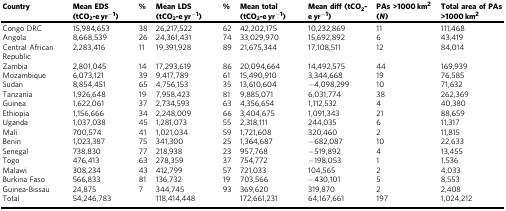
<table><thead><tr><td><b>Country</b></td><td><b>Mean EDS (tCO<sub>2</sub>-e yr<sup>−1</sup>)</b></td><td><b>%</b></td><td><b>Mean LDS (tCO<sub>2</sub>-e yr<sup>−1</sup>)</b></td><td><b>%</b></td><td><b>Mean total (tCO<sub>2</sub>-e yr<sup>−1</sup>)</b></td><td><b>Mean diff (tCO<sub>2</sub>-e yr<sup>−1</sup>)</b></td><td><b>PAs &gt;1000 km<sup>2</sup> (<i>N</i>)</b></td><td><b>Total area of PAs &gt;1000 km<sup>2</sup></b></td></tr></thead><tbody><tr><td>Congo DRC</td><td>15,984,653</td><td>38</td><td>26,217,522</td><td>62</td><td>42,202,175</td><td>10,232,869</td><td>11</td><td>111,468</td></tr><tr><td>Angola</td><td>8,668,539</td><td>26</td><td>24,361,431</td><td>74</td><td>33,029,970</td><td>15,692,892</td><td>6</td><td>43,419</td></tr><tr><td>Central African Republic</td><td>2,283,416</td><td>11</td><td>19,391,928</td><td>89</td><td>21,675,344</td><td>17,108,511</td><td>12</td><td>84,014</td></tr><tr><td>Zambia</td><td>2,801,045</td><td>14</td><td>17,293,619</td><td>86</td><td>20,094,664</td><td>14,492,575</td><td>44</td><td>169,939</td></tr><tr><td>Mozambique</td><td>6,073,121</td><td>39</td><td>9,417,789</td><td>61</td><td>15,490,910</td><td>3,344,668</td><td>19</td><td>76,585</td></tr><tr><td>Sudan</td><td>8,854,451</td><td>65</td><td>4,756,153</td><td>35</td><td>13,610,604</td><td>−4,098,299</td><td>10</td><td>71,632</td></tr><tr><td>Tanzania</td><td>1,926,648</td><td>19</td><td>7,958,423</td><td>81</td><td>9,885,071</td><td>6,031,774</td><td>38</td><td>262,369</td></tr><tr><td>Guinea</td><td>1,622,061</td><td>37</td><td>2,734,593</td><td>63</td><td>4,356,654</td><td>1,112,532</td><td>4</td><td>40,380</td></tr><tr><td>Ethiopia</td><td>1,156,666</td><td>34</td><td>2,248,009</td><td>66</td><td>3,404,675</td><td>1,091,343</td><td>21</td><td>88,659</td></tr><tr><td>Uganda</td><td>1,037,038</td><td>45</td><td>1,281,073</td><td>55</td><td>2,318,111</td><td>244,035</td><td>6</td><td>11,317</td></tr><tr><td>Mali</td><td>700,574</td><td>41</td><td>1,021,034</td><td>59</td><td>1,721,608</td><td>320,460</td><td>2</td><td>11,815</td></tr><tr><td>Benin</td><td>1,023,387</td><td>75</td><td>341,300</td><td>25</td><td>1,364,687</td><td>−682,087</td><td>10</td><td>22,633</td></tr><tr><td>Senegal</td><td>738,830</td><td>77</td><td>218,938</td><td>23</td><td>957,768</td><td>−519,892</td><td>4</td><td>13,455</td></tr><tr><td>Togo</td><td>476,413</td><td>63</td><td>278,359</td><td>37</td><td>754,772</td><td>−198,053</td><td>1</td><td>1,536</td></tr><tr><td>Malawi</td><td>308,234</td><td>43</td><td>412,799</td><td>57</td><td>721,033</td><td>104,565</td><td>2</td><td>4,033</td></tr><tr><td>Burkina Faso</td><td>566,833</td><td>81</td><td>136,732</td><td>19</td><td>703,566</td><td>−430,101</td><td>5</td><td>8,553</td></tr><tr><td>Guinea-Bissau</td><td>24,875</td><td>7</td><td>344,745</td><td>93</td><td>369,620</td><td>319,870</td><td>2</td><td>2,408</td></tr><tr><td>Total</td><td>54,246,783</td><td></td><td>118,414,448</td><td></td><td>172,661,231</td><td>64,167,661</td><td>197</td><td>1,024,212</td></tr></tbody></table>